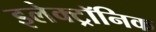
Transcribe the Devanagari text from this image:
इलेक्‍ट्रॉनिक